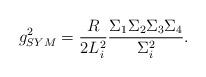
LaTeX: \begin{align*}g_{SYM}^2 = \frac {R}{2 L_i^2} \frac {\Sigma_ 1 \Sigma_2 \Sigma_3\Sigma_4}{\Sigma_i^2}.\end{align*}